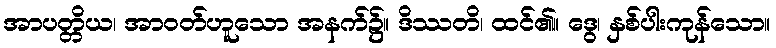
အာပတ္တိယ၊ အာဝတ်ဟူသော အနက်၌။ ဒိဿတိ၊ ထင်၏။ ဒွေ၊ နှစ်ပါးကုန်သော။